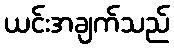
ယင်းအချက်သည်